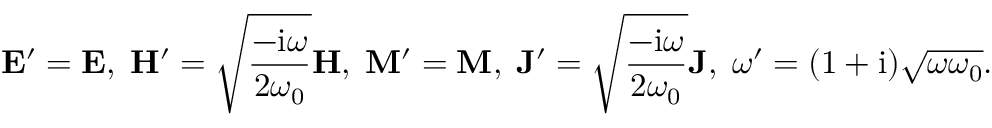
\mathbf { E } ^ { \prime } = \mathbf { E } , \; \mathbf { H } ^ { \prime } = \sqrt { \frac { - \mathrm { i } \omega } { 2 \omega _ { 0 } } } \mathbf { H } , \; \mathbf { M } ^ { \prime } = \mathbf { M } , \; \mathbf { J } ^ { \prime } = \sqrt { \frac { - \mathrm { i } \omega } { 2 \omega _ { 0 } } } \mathbf { J } , \; \omega ^ { \prime } = ( 1 + \mathrm { i } ) \sqrt { \omega \omega _ { 0 } } .